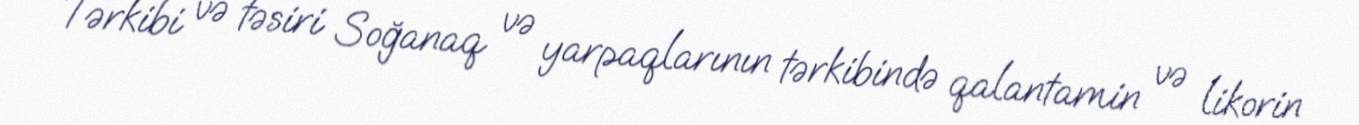
Tərkibi və təsiri Soğanaq və yarpaqlarının tərkibində qalantamin və likorin